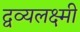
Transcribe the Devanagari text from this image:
द्वव्यलक्ष्मी